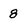
Character: 8